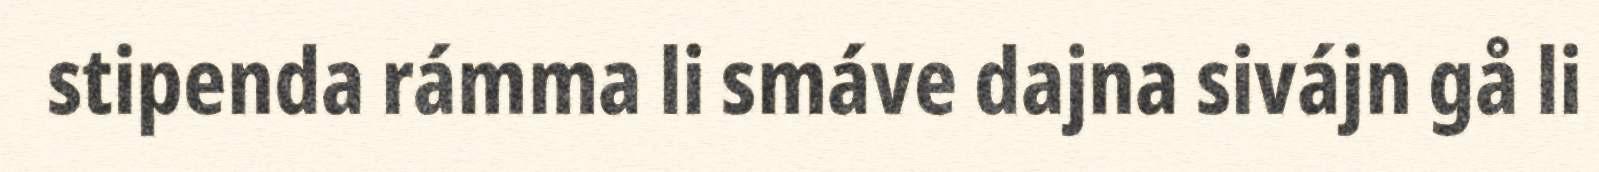
stipenda rámma li smáve dajna sivájn gå li